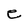
Character: e